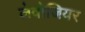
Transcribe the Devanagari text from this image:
लेवोजियर